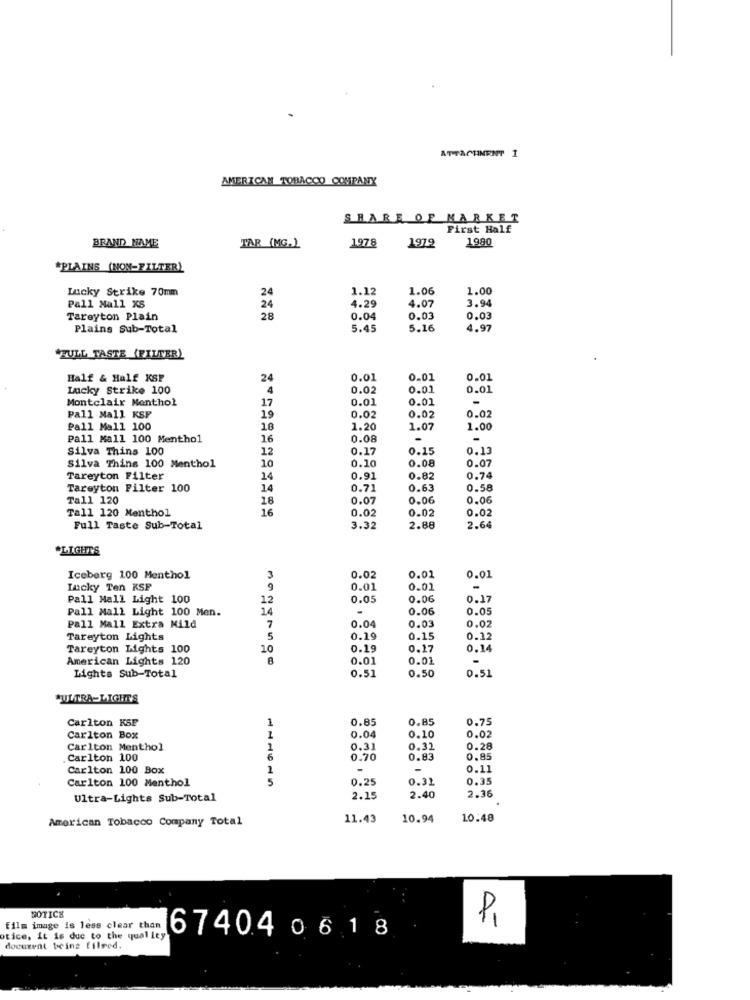
ATTACHMENT I
AMERICAN TOBACCO COMPANY
SHARE OF MARKET
First Half
1980
BRAND NAME
TAR (MG.)
1978
1979
*PLAINS (NON-FILTER)
Lucky Strike 70mm
1.12
1.06
1.00
4.07
Pall Mall XS
4.29
3.94
Tareyton Plain
28
0.04
0.0
0.03
Plains Sub-Total
5.45
5.16
4.97
"TULL TASTE _(FILTER)
Half & Half KSP
24
0.01
0.01
0.01
Lucky Strike 100
4
0.02
0.01
0.01
Montclair Menthol
0.01
0.01
17
0.02
Pall Mall KSF
19
0.02
0.02
Pall Mall 100
18
1.20
1.0
1.00
Pall Mall 100 Menthol
16
0.08
-
Silva Thins 100
12
0.17
0.15
0.13
Silva Thins 100 Menthol
10
0.10
0.08
0.07
Tareyton Filter
14
0.91
0.82
0.74
Tareyton Filter 100
14
0.71
0.63
0.58
Tall 120
18
0.07
0.06
0.06
Tall 120 Menthol
16
0.02
0.02
0.02
Full Taste Sub-Total
3.32
2.88
2.64
*LIGHTS
Iceberg 100 Menthol
3
0.02
0.01
0.01
Lucky Ten KSP
9
0.01
0.01
Pall Mall Light 100
12
0.05
0.06
0.17
Pall Mall Light 100 Men.
0.06
0.0
0.02
Pall Mall Extra Mild
7
0.04
0.03
Tareyton Lights
5
0.19
0.15
0.12
Tareyton Lights 100
10
0.19
0.14
American Lights 120
0.01
0.01
-
0.51
0.50
0.51
Lights Sub-Total
"ULTRA-LIGHT'S
Carlton KSF
1
0.85
0.85
0.75
0.02
Carlton Box
0.04
0.10
Carlton Menthol
1
0.31
0.32
0.28
Carlton 100
6
0.70
0.83
0.85
Carlton 100 Box
1
-
-
0.11
Carlton 100 Menthol
5
0.25
0.31
0.35
Ultra-Lights Sub-Total
2.15
2.40
2.36
American Tobacco Company Total
11.43
10.94
10.48
NOTICE
P1
film image is less clear than
otice, it is due to the qual ley
167404 06 18
document being filred.